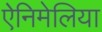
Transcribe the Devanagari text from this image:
ऐनिमेलिया